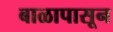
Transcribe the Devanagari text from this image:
बाळापासून